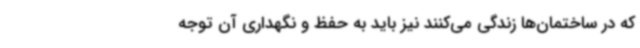
که در ساختمان‌ها زندگی می‌کنند نیز باید به حفظ و نگهداری آن توجه